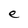
Character: e